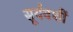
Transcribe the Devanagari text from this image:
सूर्यवशीं